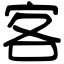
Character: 客